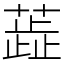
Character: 蕋